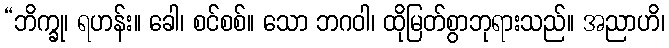
“ဘိက္ခု၊ ရဟန်း။ ခေါ၊ စင်စစ်။ သော ဘဂဝါ၊ ထိုမြတ်စွာဘုရားသည်။ အညာဟိ၊